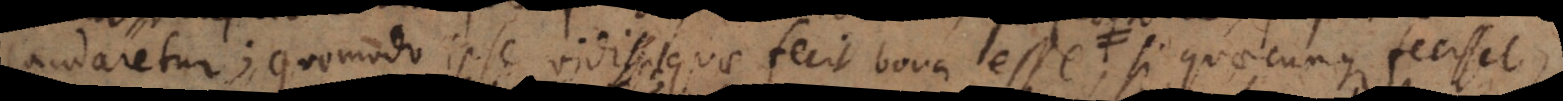
laudaretur; quomodo ipse vidisset quae fecit bona esse;, si quaecunque fecisset,